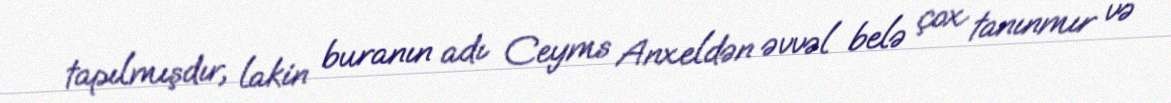
tapılmışdır, lakin buranın adı Ceyms Anxeldən əvvəl belə çox tanınmır və